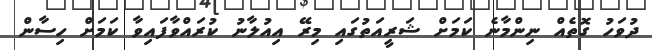
ދުވަހު ގޮތެއް ނިންމާނެ ކަމަށް ޝަރީއަތުގައި މިރޭ އިއުލާނު ކުރައްވާފައިވާ ކަމަށް ހިސާން